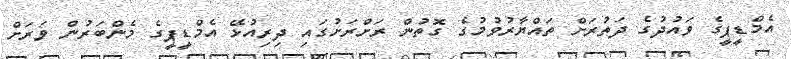
އެމްޑީޕީގެ ވައުދުގެ ދަތުރަށް ތައްޔާރުވުމުގެ ގޮތުން ރަށްރަށުގައި ދިރިއުޅޭ އެމްޑީޕީގެ މެންބަރުން ވަރަށް